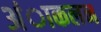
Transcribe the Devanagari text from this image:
अंाकलन